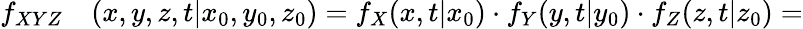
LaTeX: \begin{array}{rl}{f_{XYZ}}&{{}(x,y,z,t\vert x_{0},y_{0},z_{0})=f_{X}(x,t\vert x_{0})\cdot f_{Y}(y,t\vert y_{0})\cdot f_{Z}(z,t\vert z_{0})=}\end{array}